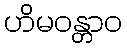
ဟိမဝန္တာဝ